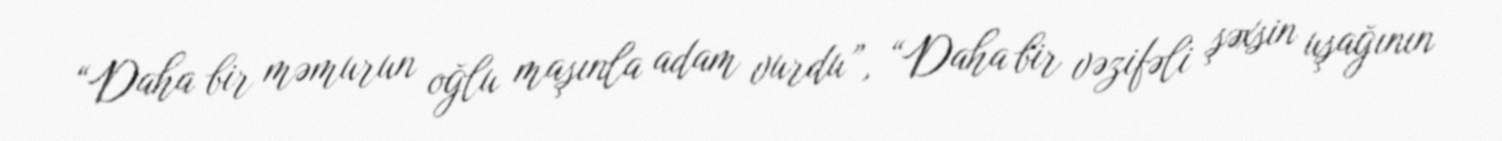
“Daha bir məmurun oğlu maşınla adam vurdu”, “Daha bir vəzifəli şəxsin uşağının